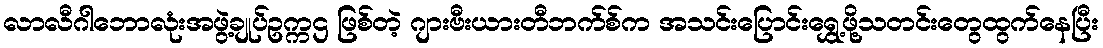
လာလီဂါဘောလုံးအဖွဲ့ချုပ်ဥက္ကဌ ဖြစ်တဲ့ ဂျားဗီးယားတီဘက်စ်က အသင်းပြောင်းရွှေ့ဖို့သတင်းတွေထွက်နေပြီး